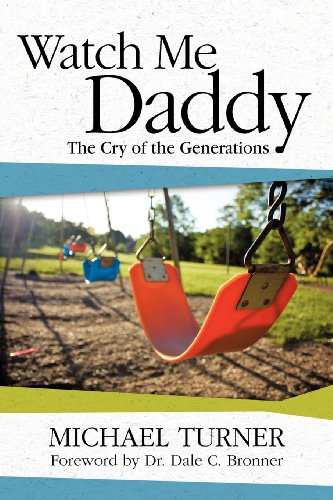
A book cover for Watch Me Daddy: The Cry of the Generations; Michael Turner; Parenting & Relationships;